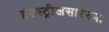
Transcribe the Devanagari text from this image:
इंडस्ट्रीजसारख्या